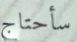
سأحتاج